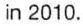
in 2010.